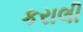
કરાલી